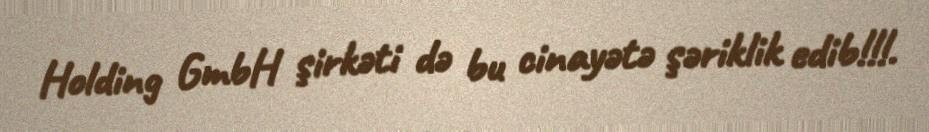
Holding GmbH şirkəti də bu cinayətə şəriklik edib!!!.